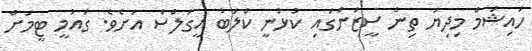
ހައިޝަމް މިދިޔަ ތިން ސީޒަންގައި ކުޅުނީ ކްލަބު އީގަލްސް އަށެވެ. ގައުމީ ޓީމަށް